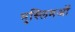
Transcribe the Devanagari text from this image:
मुस्लिमओं